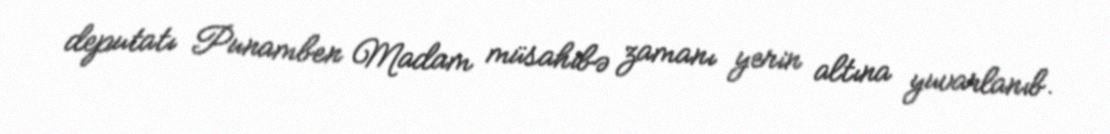
deputatı Punamben Madam müsahibə zamanı yerin altına yuvarlanıb.